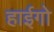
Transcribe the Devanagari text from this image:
हाईगो